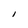
Character: I